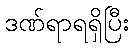
ဒဏ်ရာရရှိပြီး